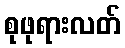
စုဖုရားလတ်